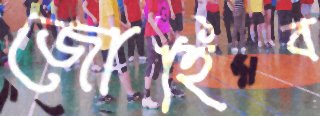
জোহিব